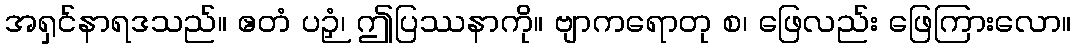
အရှင်နာရဒသည်။ ဧတံ ပဉှံ၊ ဤပြဿနာကို။ ဗျာကရောတု စ၊ ဖြေလည်း ဖြေကြားလော။